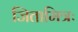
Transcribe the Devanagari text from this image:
जितामित्रः